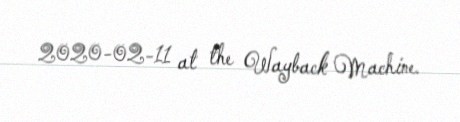
2020-02-11 at the Wayback Machine.